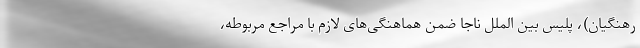
رهنگیان)، پلیس بین الملل ناجا ضمن هماهنگی‌های لازم با مراجع مربوطه،